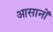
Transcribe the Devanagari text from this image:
आसानों